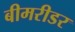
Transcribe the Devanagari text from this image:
बीमरीडर